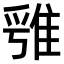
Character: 𨿁